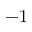
- 1